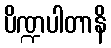
ပိဏ္ဍပါတာနိ